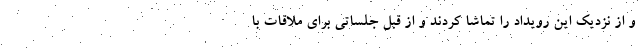
و از نزدیک این رویداد را تماشا کردند و از قبل جلساتی برای ملاقات با